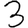
Digit: 3